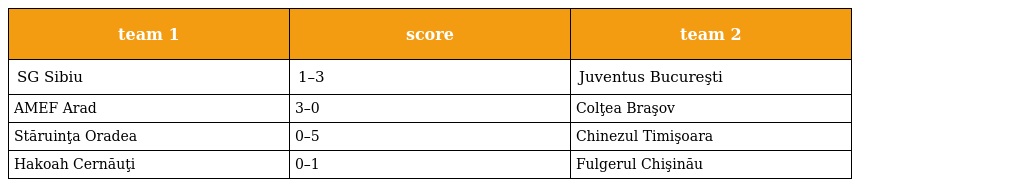
| team 1 | score | team 2 |
 | --- | --- | --- |
 | SG Sibiu | 1–3 | Juventus Bucureşti |
 | AMEF Arad | 3–0 | Colţea Braşov |
 | Stăruinţa Oradea | 0–5 | Chinezul Timişoara |
 | Hakoah Cernăuţi | 0–1 | Fulgerul Chişinău |